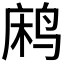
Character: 𬸐